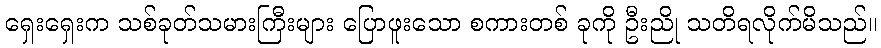
ရှေးရှေးက သစ်ခုတ်သမားကြီးများ ပြောဖူးသော စကားတစ် ခုကို ဦးညို သတိရလိုက်မိသည်။